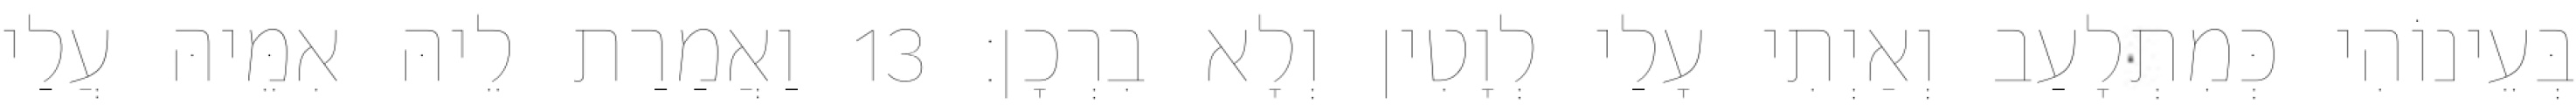
בְּעֵינוֹהִי כְּמִתְלָעַב וְאַיְתִי עָלַי לְוָטִין וְלָא בִרְכָן׃ 13 וַאֲמַרַת לֵיהּ אִמֵּיהּ עֲלַי